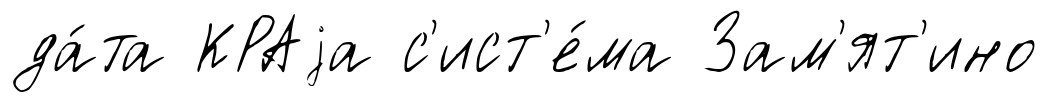
да́та КРАjа с'ист'е́ма Зам'ят'ино